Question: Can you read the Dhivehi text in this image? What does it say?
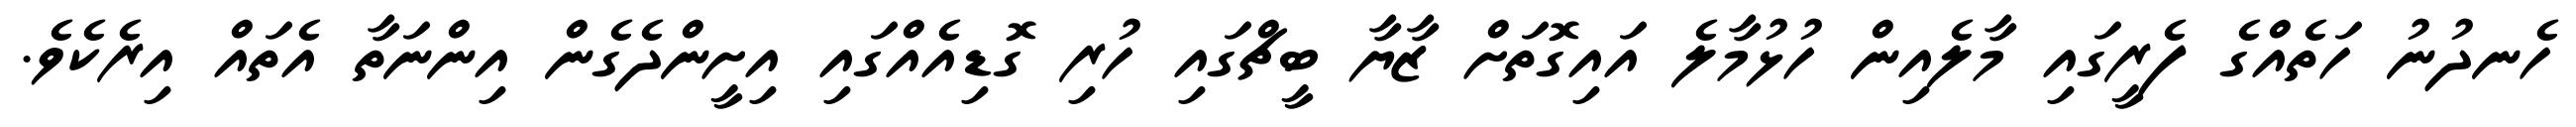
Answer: ހެނދުނު ހަތެއްގެ ފެރީގައި މާލެއިން ހުޅުމާލެ އައިގޮތަށް ޒާޔާ ބީޗްގައި ހުރި ގޮޑިއެއްގައި އިށީންދެގެން އިންނަތާ އެތައް އިރެކެވެ.